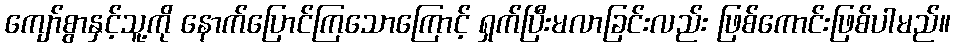
ကျော်စွာနှင့်သူ့ကို နောက်ပြောင်ကြသောကြောင့် ရှက်ပြီးမလာခြင်းလည်း ဖြစ်ကောင်းဖြစ်ပါမည်။